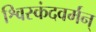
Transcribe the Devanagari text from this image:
श्विस्कंदवर्मन्